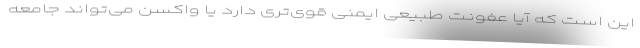
این است که آیا عفونت طبیعی ایمنی قوی‌تری دارد یا واکسن می‌تواند جامعه